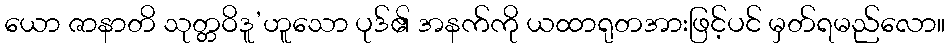
ယော ဇာနာတိ သုတ္တဝိဒူ’ဟူသော ပုဒ်၏ အနက်ကို ယထာရုတအားဖြင့်ပင် မှတ်ရမည်လော။